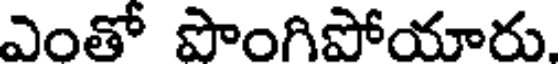
ఎంతో పొంగిపోయారు.